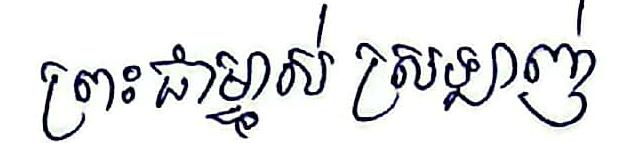
ព្រះជាម្ចាស់ ស្រឡាញ់